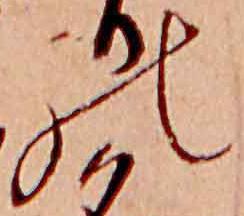
の